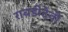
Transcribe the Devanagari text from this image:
राबडीदेवी